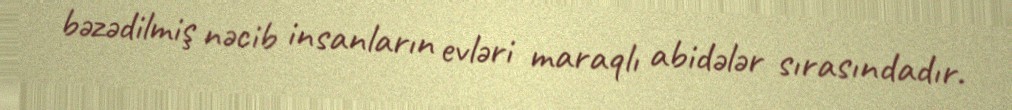
bəzədilmiş nəcib insanların evləri maraqlı abidələr sırasındadır.